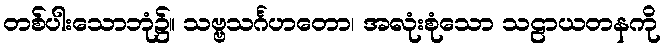
တစ်ပါးသောဘုံ၌။ သဗ္ဗသင်္ဂဟတော၊ အလုံးစုံသော သဠာယတနကို